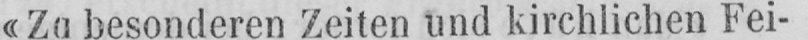
«Zu besonderen Zeiten und kirchlichen Fei-